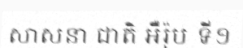
សាសនា ជាតិ អឺរ៉ុប ទី១